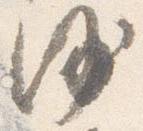
沙